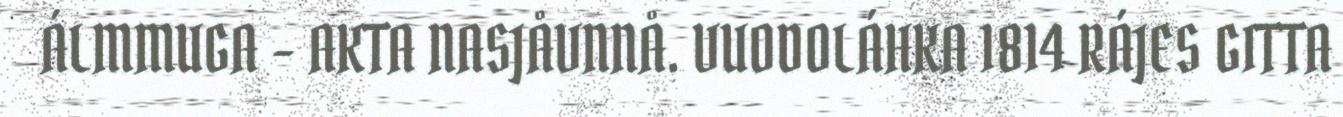
ÁLMMUGA - AKTA NASJÅVNNÅ. VUODOLÁHKA 1814 RÁJES GITTA